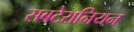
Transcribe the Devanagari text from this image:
सबटेरानियन